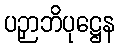
ပဉှာဘိပုဋ္ဌေန